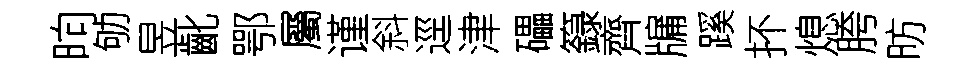
晌劬昱齔鄂屬谨斜逕津礧籙齊牖蹊抔熄胯昉